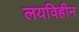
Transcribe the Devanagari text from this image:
लयविहीन